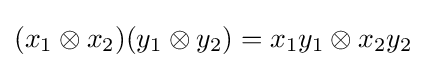
(x_{1}\otimes x_{2})(y_{1}\otimes y_{2})=x_{1}y_{1}\otimes x_{2}y_{2}